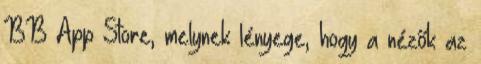
BB App Store, melynek lényege, hogy a nézők az